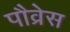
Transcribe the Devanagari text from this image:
पौव्रेस